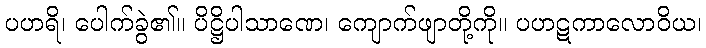
ပဟရိ၊ ပေါက်ခွဲ၏။ ပိဋ္ဌိပါသာဏေ၊ ကျောက်ဖျာတို့ကို။ ပဟဋကာလောဝိယ၊